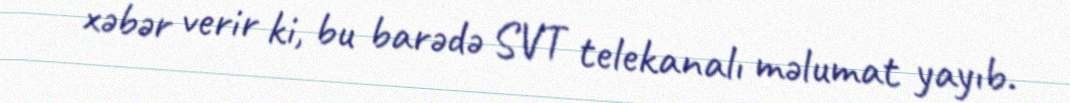
xəbər verir ki, bu barədə SVT telekanalı məlumat yayıb.